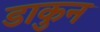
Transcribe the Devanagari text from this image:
डाकुन